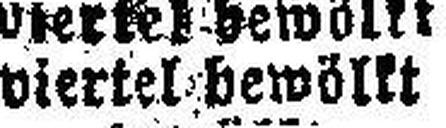
viertel bewöllt